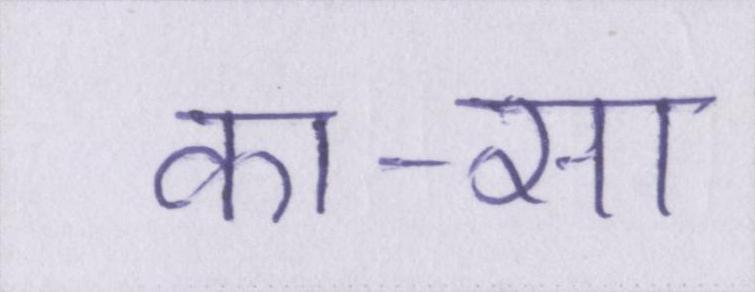
का-सा